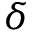
\delta